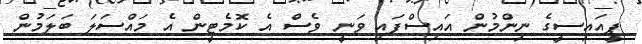
ޕީއައިސީގެ ނިންމުން އައިސްފައި ވަނީ ވެސް އެ ކޮމެޓީން އެ މައްސަލަ ބަލަމުން